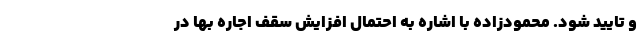
و تایید شود. محمودزاده با اشاره به احتمال افزایش سقف اجاره بها در